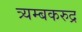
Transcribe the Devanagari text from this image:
त्र्यम्बकरुद्र